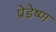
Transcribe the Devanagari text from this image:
प्रेडेष्ण